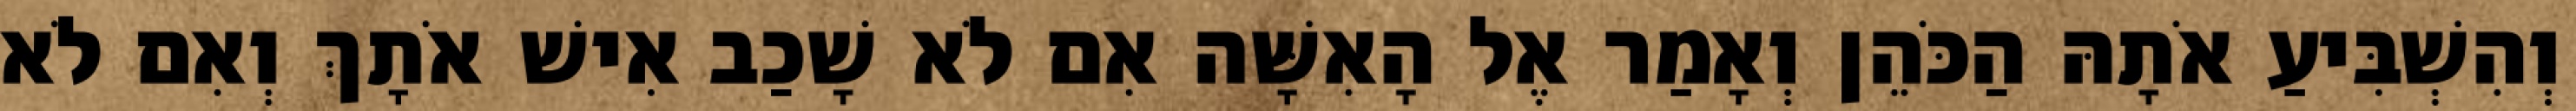
וְהִשְׁבִּיעַ אֹתָהּ הַכֹּהֵן וְאָמַר אֶל הָאִשָּׁה אִם לֹא שָׁכַב אִישׁ אֹתָךְ וְאִם לֹא